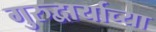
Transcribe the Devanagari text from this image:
गुरुद्वार्याच्या